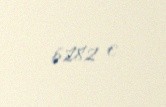
6282 €